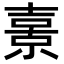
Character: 𭐗